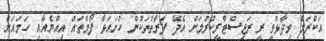
އަކްރަމް ވިދާޅުވީ ރީ ރަޖިސްޓްރީކުރުމަށް އެދޭ ފަރަާތްތަަކުން ހުށައަޅާ ފޯމްތައް އިއްޔެއާއި ހަމައަށް